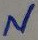
Text: N